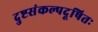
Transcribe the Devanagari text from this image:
दुष्टसंकल्पदूषितः